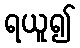
ရယူ၍